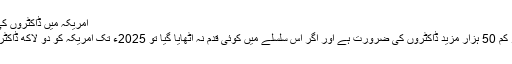
امریکہ میں ڈاکٹروں کی قلت کا مسئلہ شدت اختیار کر رہا ہے
ماہرین کا کہنا ہے کہ امریکہ کو کم از کم 50 ہزار مزید ڈاکٹروں کی ضرورت ہے اور اگر اس سلسلے میں کوئی قدم نہ اٹھایا گیا تو 2025ء تک امریکہ کو دو لاکھ ڈاکٹروں کی کمی کا سامنا کرنا پڑ سکتاہے۔